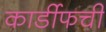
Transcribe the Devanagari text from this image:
कार्डीफची